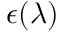
\epsilon ( \lambda )